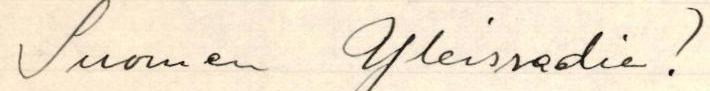
Suomen Yleisradio !